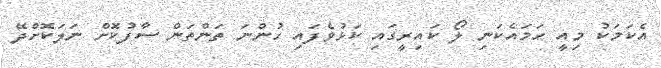
އެކަމަކު މިއީ ހަމައެކަނި ލޯ ކައިރީގައި ކަޅުވެފައި ހުންނަ ތަންތަން ސާފުކޮށް ނަލަކޮށްދޭ